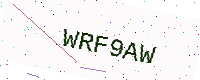
Text: WRF9AW